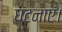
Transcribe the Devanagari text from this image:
घटनाएं।